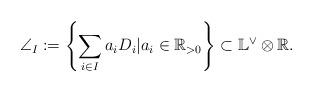
LaTeX: \begin{align*}\angle_I:=\left\{\sum_{i\in I}a_iD_i| a_i\in \mathbb R_{>0}\right\}\subset \mathbb L^\vee \otimes \mathbb R.\end{align*}